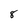
Character: 8